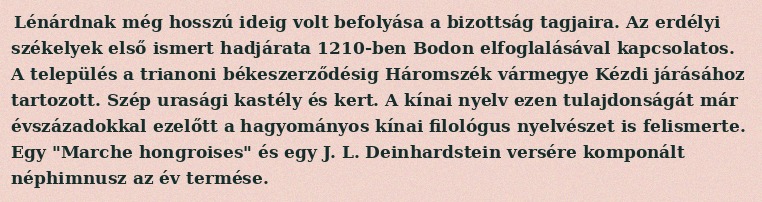
Lénárdnak még hosszú ideig volt befolyása a bizottság tagjaira. Az erdélyi székelyek első ismert hadjárata 1210-ben Bodon elfoglalásával kapcsolatos. A település a trianoni békeszerződésig Háromszék vármegye Kézdi járásához tartozott. Szép urasági kastély és kert. A kínai nyelv ezen tulajdonságát már évszázadokkal ezelőtt a hagyományos kínai filológus nyelvészet is felismerte. Egy "Marche hongroises" és egy J. L. Deinhardstein versére komponált néphimnusz az év termése.